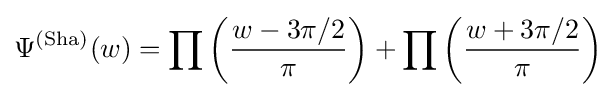
\Psi ^{(\operatorname {Sha} )}(w)=\prod \left({\frac {w-3\pi /2}{\pi }}\right)+\prod \left({\frac {w+3\pi /2}{\pi }}\right)